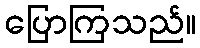
ပြောကြသည်။